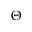
\Theta